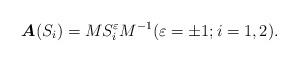
LaTeX: \begin{align*}\boldsymbol{A}(S_i)=MS^\varepsilon_i M^{-1}(\varepsilon=\pm 1; i=1,2).\end{align*}